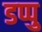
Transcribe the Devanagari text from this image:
डप्पु